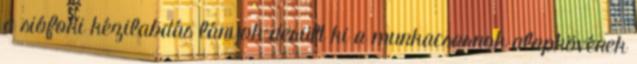
a siófoki kézilabdás lányok derült ki a munkacsarnok alapkövének